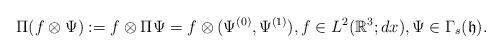
LaTeX: \begin{align*}\Pi (f \otimes \Psi) := f\otimes \Pi \Psi = f \otimes (\Psi^{(0)}, \Psi^{(1)}), f \in L^2(\mathbb{R}^3;dx), \Psi \in \Gamma_s(\mathfrak{h}).\end{align*}